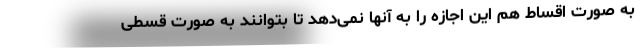
به صورت اقساط هم این اجازه را به آنها نمی‌دهد تا بتوانند به صورت قسطی